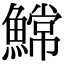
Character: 𫙲